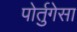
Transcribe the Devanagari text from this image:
पोर्तुगेसा